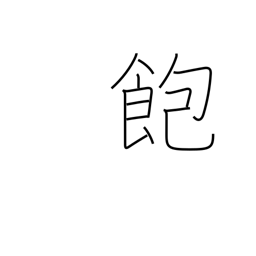
Meaning: tired of